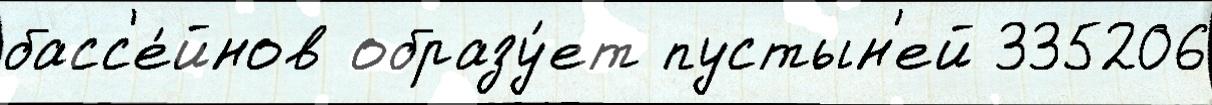
басс'е́йнов образу́ет пустын'ей 335206